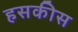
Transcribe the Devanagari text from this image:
हसकीस